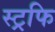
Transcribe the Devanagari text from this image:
स्ट्रफि